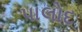
પાલોદ